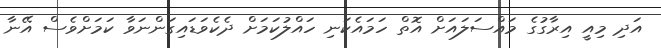
އަދި މިއީ އިރާގުގެ މައްސަލައަށް އޮތް ހަމައެކަނި ހައްލުކަމަށް ދެކެވަޑައިގަންނަވާ ކަމަށްވެސް އޭނާ